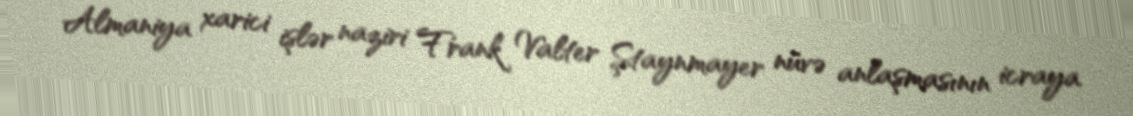
Almaniya xarici işlər naziri Frank Valter Ştaynmayer nüvə anlaşmasının icraya